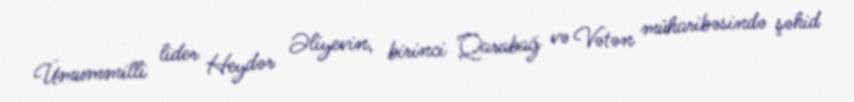
Ümummilli lider Heydər Əliyevin, birinci Qarabağ və Vətən müharibəsində şəhid